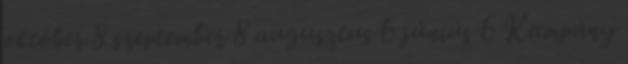
október 8 szeptember 8 augusztus 6 június 6 Kampány